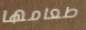
طعامها